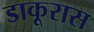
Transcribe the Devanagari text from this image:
डाकूरास